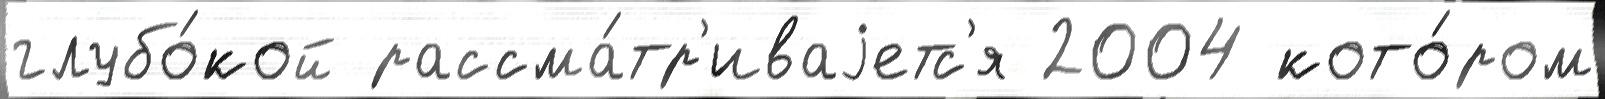
глубо́кой рассма́тр'иваjетс'я 2004 кото́ром